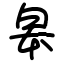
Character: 皋